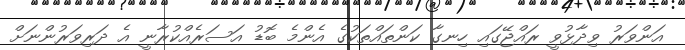
އަންވަރު ވިދާޅުވީ ރައްޖޭގައި ހިނގާ ކަންތައްތަކުގެ އެންމެ ބޮޑު އަސަރެއްކުރާނީ އެ ދަރިވަރުންނަށް